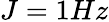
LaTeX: J=1Hz